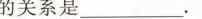
的关系是_____________。